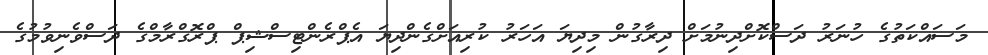
މަސައްކަތުގެ ހުނަރު ދަސްކޮށްދިނުމަށް ދިރާގުން މިދިޔަ އަހަރު ކުރިއަށްގެންދިޔަ އެޕްރެންޓިސްޝިޕް ޕްރޮގްރާމްގެ ދަސްވެނިވުމުގެ